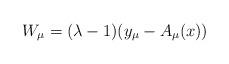
LaTeX: \begin{align*}W_{\mu }=(\lambda -1)(y_{\mu }-A_{\mu }(x)) \end{align*}